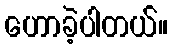
ဟောခဲ့ပါတယ်။